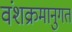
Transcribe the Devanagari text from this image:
वंशक्रमानुगत